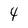
Character: 4